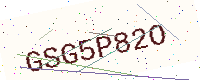
Text: GSG5P82O